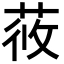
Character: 𦱿